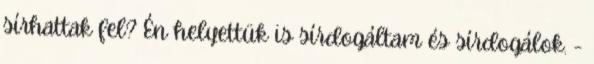
sírhattak fel? Én helyettük is sírdogáltam és sírdogálok. -